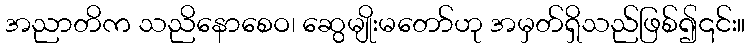
အညာတိက သညိနောစေဝ၊ ဆွေမျိုးမတော်ဟု အမှတ်ရှိသည်ဖြစ်၍၎င်း။